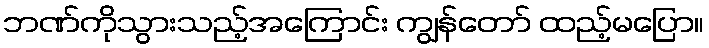
ဘဏ်ကိုသွားသည့်အကြောင်း ကျွန်တော် ထည့်မပြော။